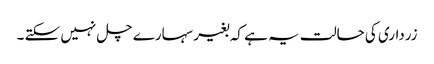
زرداری کی حالت یہ ہے کہ بغیر سہارے چل نہیں سکتے ۔